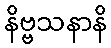
နိဗ္ဗသနာနိ